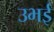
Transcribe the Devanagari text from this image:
उभई